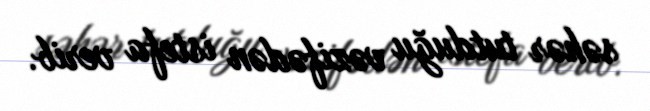
səhər tutduğu vəzifədən istefa verib.